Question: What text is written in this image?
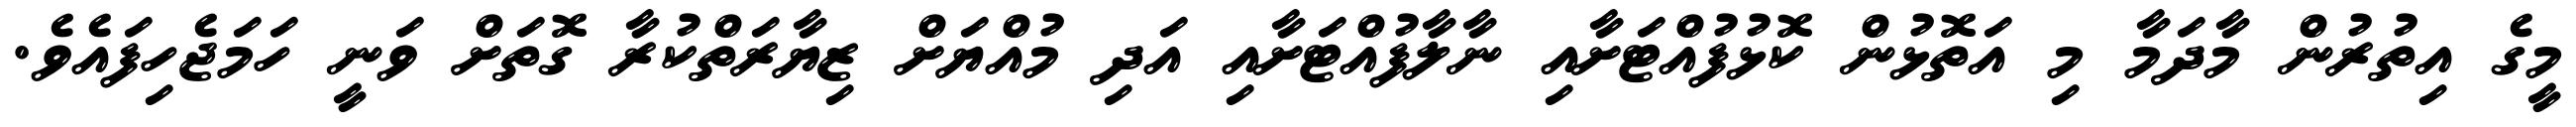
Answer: މީގެ އިތުރުން މާދަމާ މި އަތޮޅުން ކޮޅުފުއްޓަށާއި ނާލާފުއްޓަށާއި އަދި މުއްޔަށް ޒިޔާރަތްކުރާ ގޮތަށް ވަނީ ހަމަޖެހިފައެވެ.